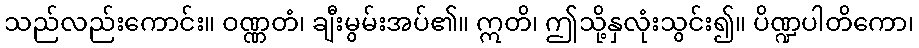
သည်လည်းကောင်း။ ဝဏ္ဏတံ၊ ချီးမွမ်းအပ်၏။ ဣတိ၊ ဤသို့နှလုံးသွင်း၍။ ပိဏ္ဍပါတိကော၊